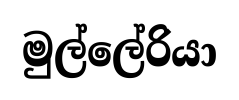
මුල්ලේරියා